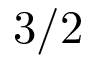
3 / 2